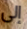
إلى